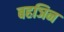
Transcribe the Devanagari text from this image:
बहञिन